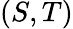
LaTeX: (S,T)